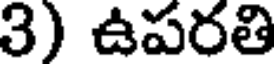
3) ఉపరతి